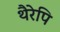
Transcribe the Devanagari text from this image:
थैरेपि